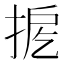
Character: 𢭖